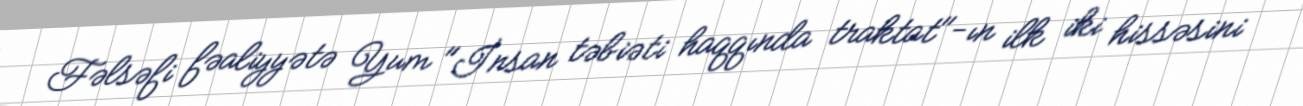
Fəlsəfi fəaliyyətə Yum "İnsan təbiəti haqqında traktat"-ın ilk iki hissəsini